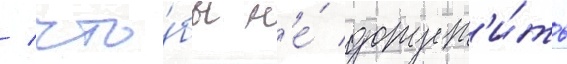
/ что́бы н'е́ допуст'и́ть